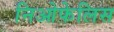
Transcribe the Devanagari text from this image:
निओफेलिस